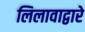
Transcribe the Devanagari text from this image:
लिलावाद्वारे